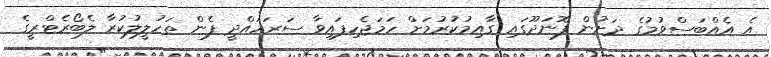
އެ އެއްބަސްވުމުގެ ދަށުން ފޮނަދޫގައި ގާއިމުކުރުމަށް ހަމަޖެހިފައިވާ ސަރަހައްދީ ފެން ތަހުލީލުކުރާ ލެބޯރެޓްރީގެ